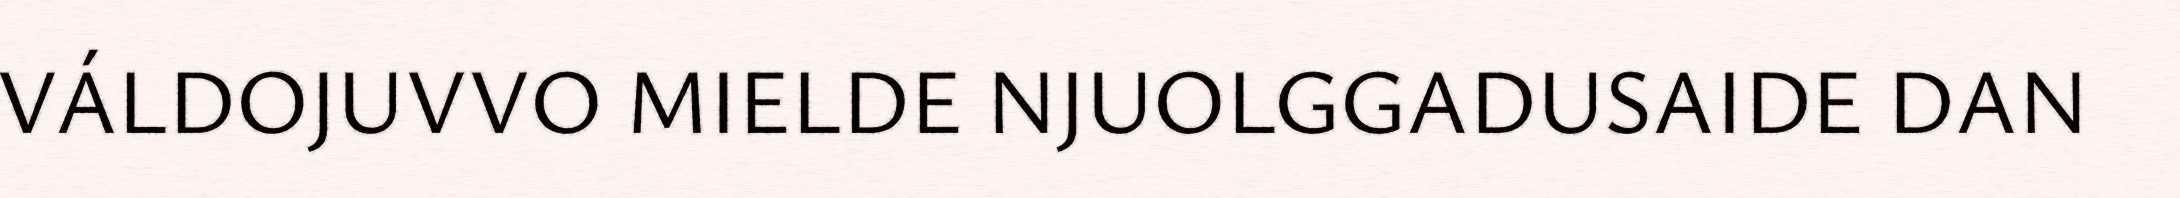
VÁLDOJUVVO MIELDE NJUOLGGADUSAIDE DAN